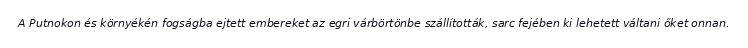
A Putnokon és környékén fogságba ejtett embereket az egri várbörtönbe szállították, sarc fejében ki lehetett váltani őket onnan.